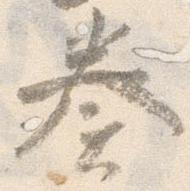
奏